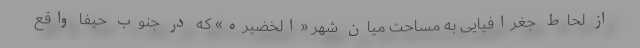
از لحاط جغرافیایی به مساحت میان شهر «الخضیره» که در جنوب حیفا واقع